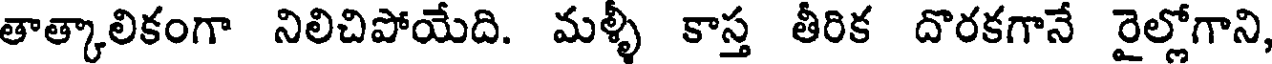
తాత్కాలికంగా నిలిచిపోయేది. మళ్ళీ కాస్త తీరిక దొరకగానే రైల్లోగాని,